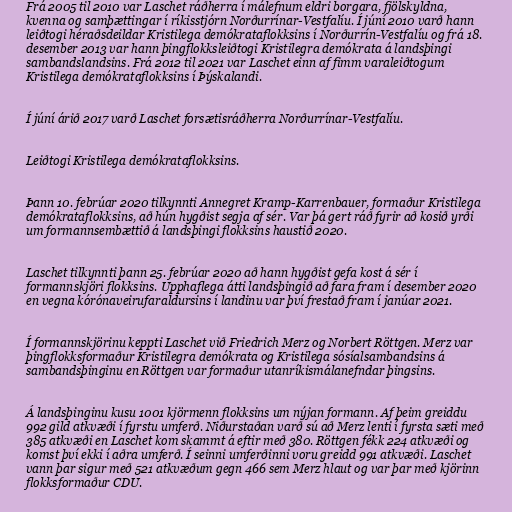
Frá 2005 til 2010 var Laschet ráðherra í málefnum eldri borgara, fjölskyldna,
kvenna og samþættingar í ríkisstjórn Norðurrínar-Vestfalíu. Í júní 2010 varð hann
leiðtogi héraðsdeildar Kristilega demókrataflokksins í Norðurrín-Vestfalíu og frá 18.
desember 2013 var hann þingflokksleiðtogi Kristilegra demókrata á landsþingi
sambandslandsins. Frá 2012 til 2021 var Laschet einn af fimm varaleiðtogum
Kristilega demókrataflokksins í Þýskalandi.

Í júní árið 2017 varð Laschet forsætisráðherra Norðurrínar-Vestfalíu.

Leiðtogi Kristilega demókrataflokksins.

Þann 10. febrúar 2020 tilkynnti Annegret Kramp-Karrenbauer, formaður Kristilega
demókrataflokksins, að hún hygðist segja af sér. Var þá gert ráð fyrir að kosið yrði
um formannsembættið á landsþingi flokksins haustið 2020.

Laschet tilkynnti þann 25. febrúar 2020 að hann hygðist gefa kost á sér í
formannskjöri flokksins. Upphaflega átti landsþingið að fara fram í desember 2020
en vegna kórónaveirufaraldursins í landinu var því frestað fram í janúar 2021.

Í formannskjörinu keppti Laschet við Friedrich Merz og Norbert Röttgen. Merz var
þingflokksformaður Kristilegra demókrata og Kristilega sósíalsambandsins á
sambandsþinginu en Röttgen var formaður utanríkismálanefndar þingsins.

Á landsþinginu kusu 1001 kjörmenn flokksins um nýjan formann. Af þeim greiddu
992 gild atkvæði í fyrstu umferð. Niðurstaðan varð sú að Merz lenti í fyrsta sæti með
385 atkvæði en Laschet kom skammt á eftir með 380. Röttgen fékk 224 atkvæði og
komst því ekki í aðra umferð. Í seinni umferðinni voru greidd 991 atkvæði. Laschet
vann þar sigur með 521 atkvæðum gegn 466 sem Merz hlaut og var þar með kjörinn
flokksformaður CDU.